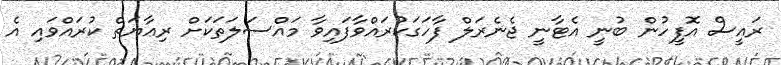
ރައީސް އޮފީހުން ބުނީ އެޓާނީ ޖެނެރަލް ފާހަގަކުރައްވާފައިވާ މައްސަލަތަކަށް ރިޢާޔަތް ކުރައްވައި އެ